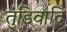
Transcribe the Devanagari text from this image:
तुंडिवादि